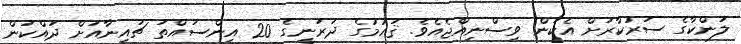
ލަންކާގެ ސަރުކާރަށް އެކަން ވިސްނިއްޖެއެވެ. ޤައުމުގެ ދަރަނީގެ 20 އިންސައްތަ ޗައިނާއަށް ދައްކަން